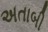
અતાબી